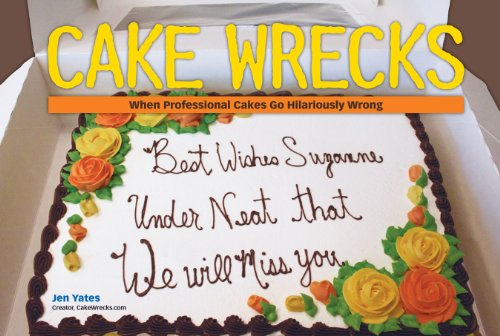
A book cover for Cake Wrecks: When Professional Cakes Go Hilariously Wrong; Jen Yates; Humor & Entertainment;